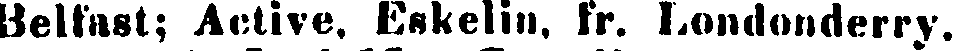
Helfnst; Active, Eskelin, fr. Londonderry.